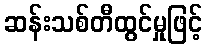
ဆန်းသစ်တီထွင်မှုဖြင့်